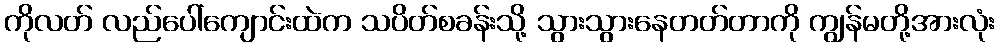
ကိုလတ် လည်ပေါ်ကျောင်းထဲက သပိတ်စခန်းသို့ သွားသွားနေတတ်တာကို ကျွန်မတို့အားလုံး